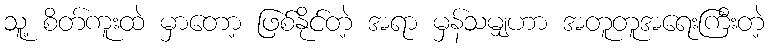
သူ့ စိတ်ကူးထဲ မှာတော့ ဖြစ်နိုင်တဲ့ အရာ မှန်သမျှဟာ အတူတူအရေးကြီးတဲ့